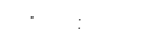
"   :